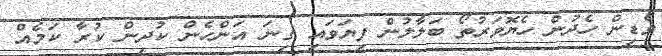
ވެޑިން ހެދުން ހެޔޮވަރުތޯ ބަލާލުން ފިޔަވައި ގިނަ އަންހެން ކުދިން ކުރާ ކަމެއް